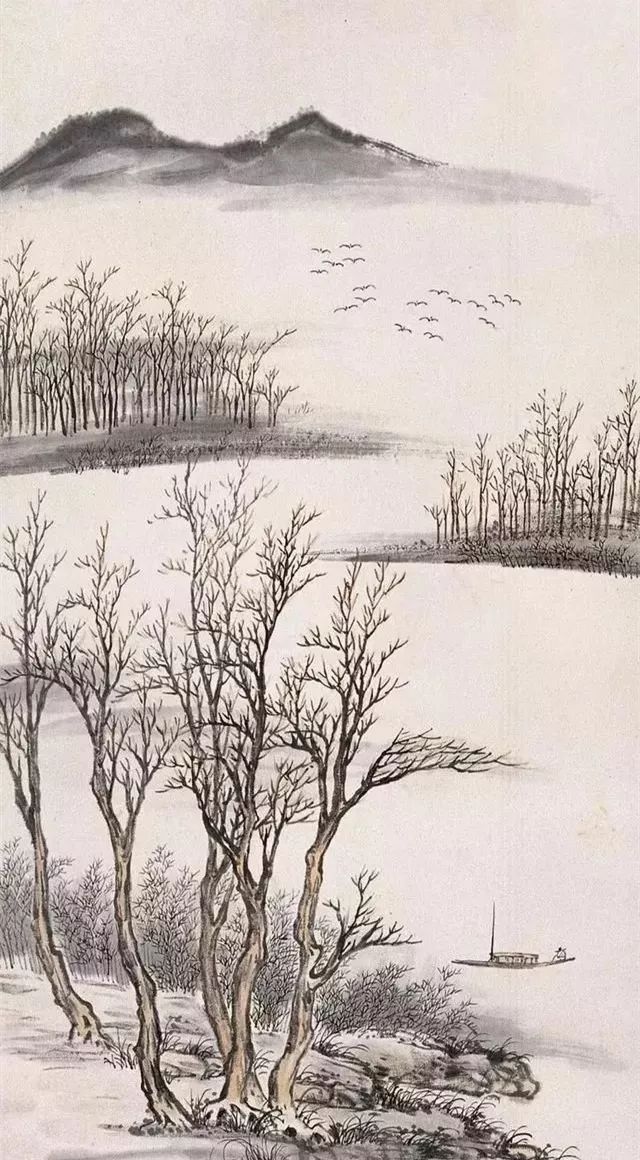
故人何在，水村山郭。